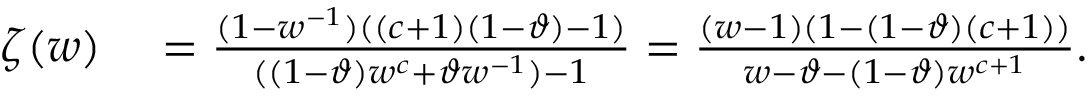
\begin{array} { r l } { \zeta ( w ) } & { { } = \frac { ( 1 - w ^ { - 1 } ) ( ( c + 1 ) ( 1 - \vartheta ) - 1 ) } { ( ( 1 - \vartheta ) w ^ { c } + \vartheta w ^ { - 1 } ) - 1 } = \frac { ( w - 1 ) ( 1 - ( 1 - \vartheta ) ( c + 1 ) ) } { w - \vartheta - ( 1 - \vartheta ) w ^ { c + 1 } } . } \end{array}